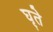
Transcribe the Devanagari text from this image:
घृते